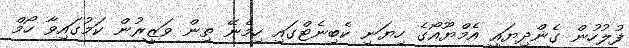
ފުލުހުން ގެންދިޔައީ އެމްޔޫއޯގެ ހިޔަނި ކެބިނެޓްގައި ހިމެނޭ ތިން ވަޒީރުން ކަމުގައިވާ ހޯމް